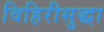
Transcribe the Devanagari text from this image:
विहिरीसुद्धा